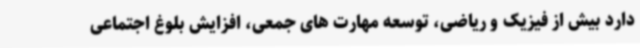
دارد بیش از فیزیک و ریاضی، توسعه مهارت های جمعی، افزایش بلوغ اجتماعی